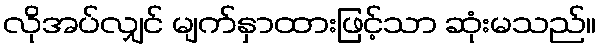
လိုအပ်လျှင် မျက်နှာထားဖြင့်သာ ဆုံးမသည်။